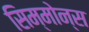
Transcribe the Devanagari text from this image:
सिम्मोन्स